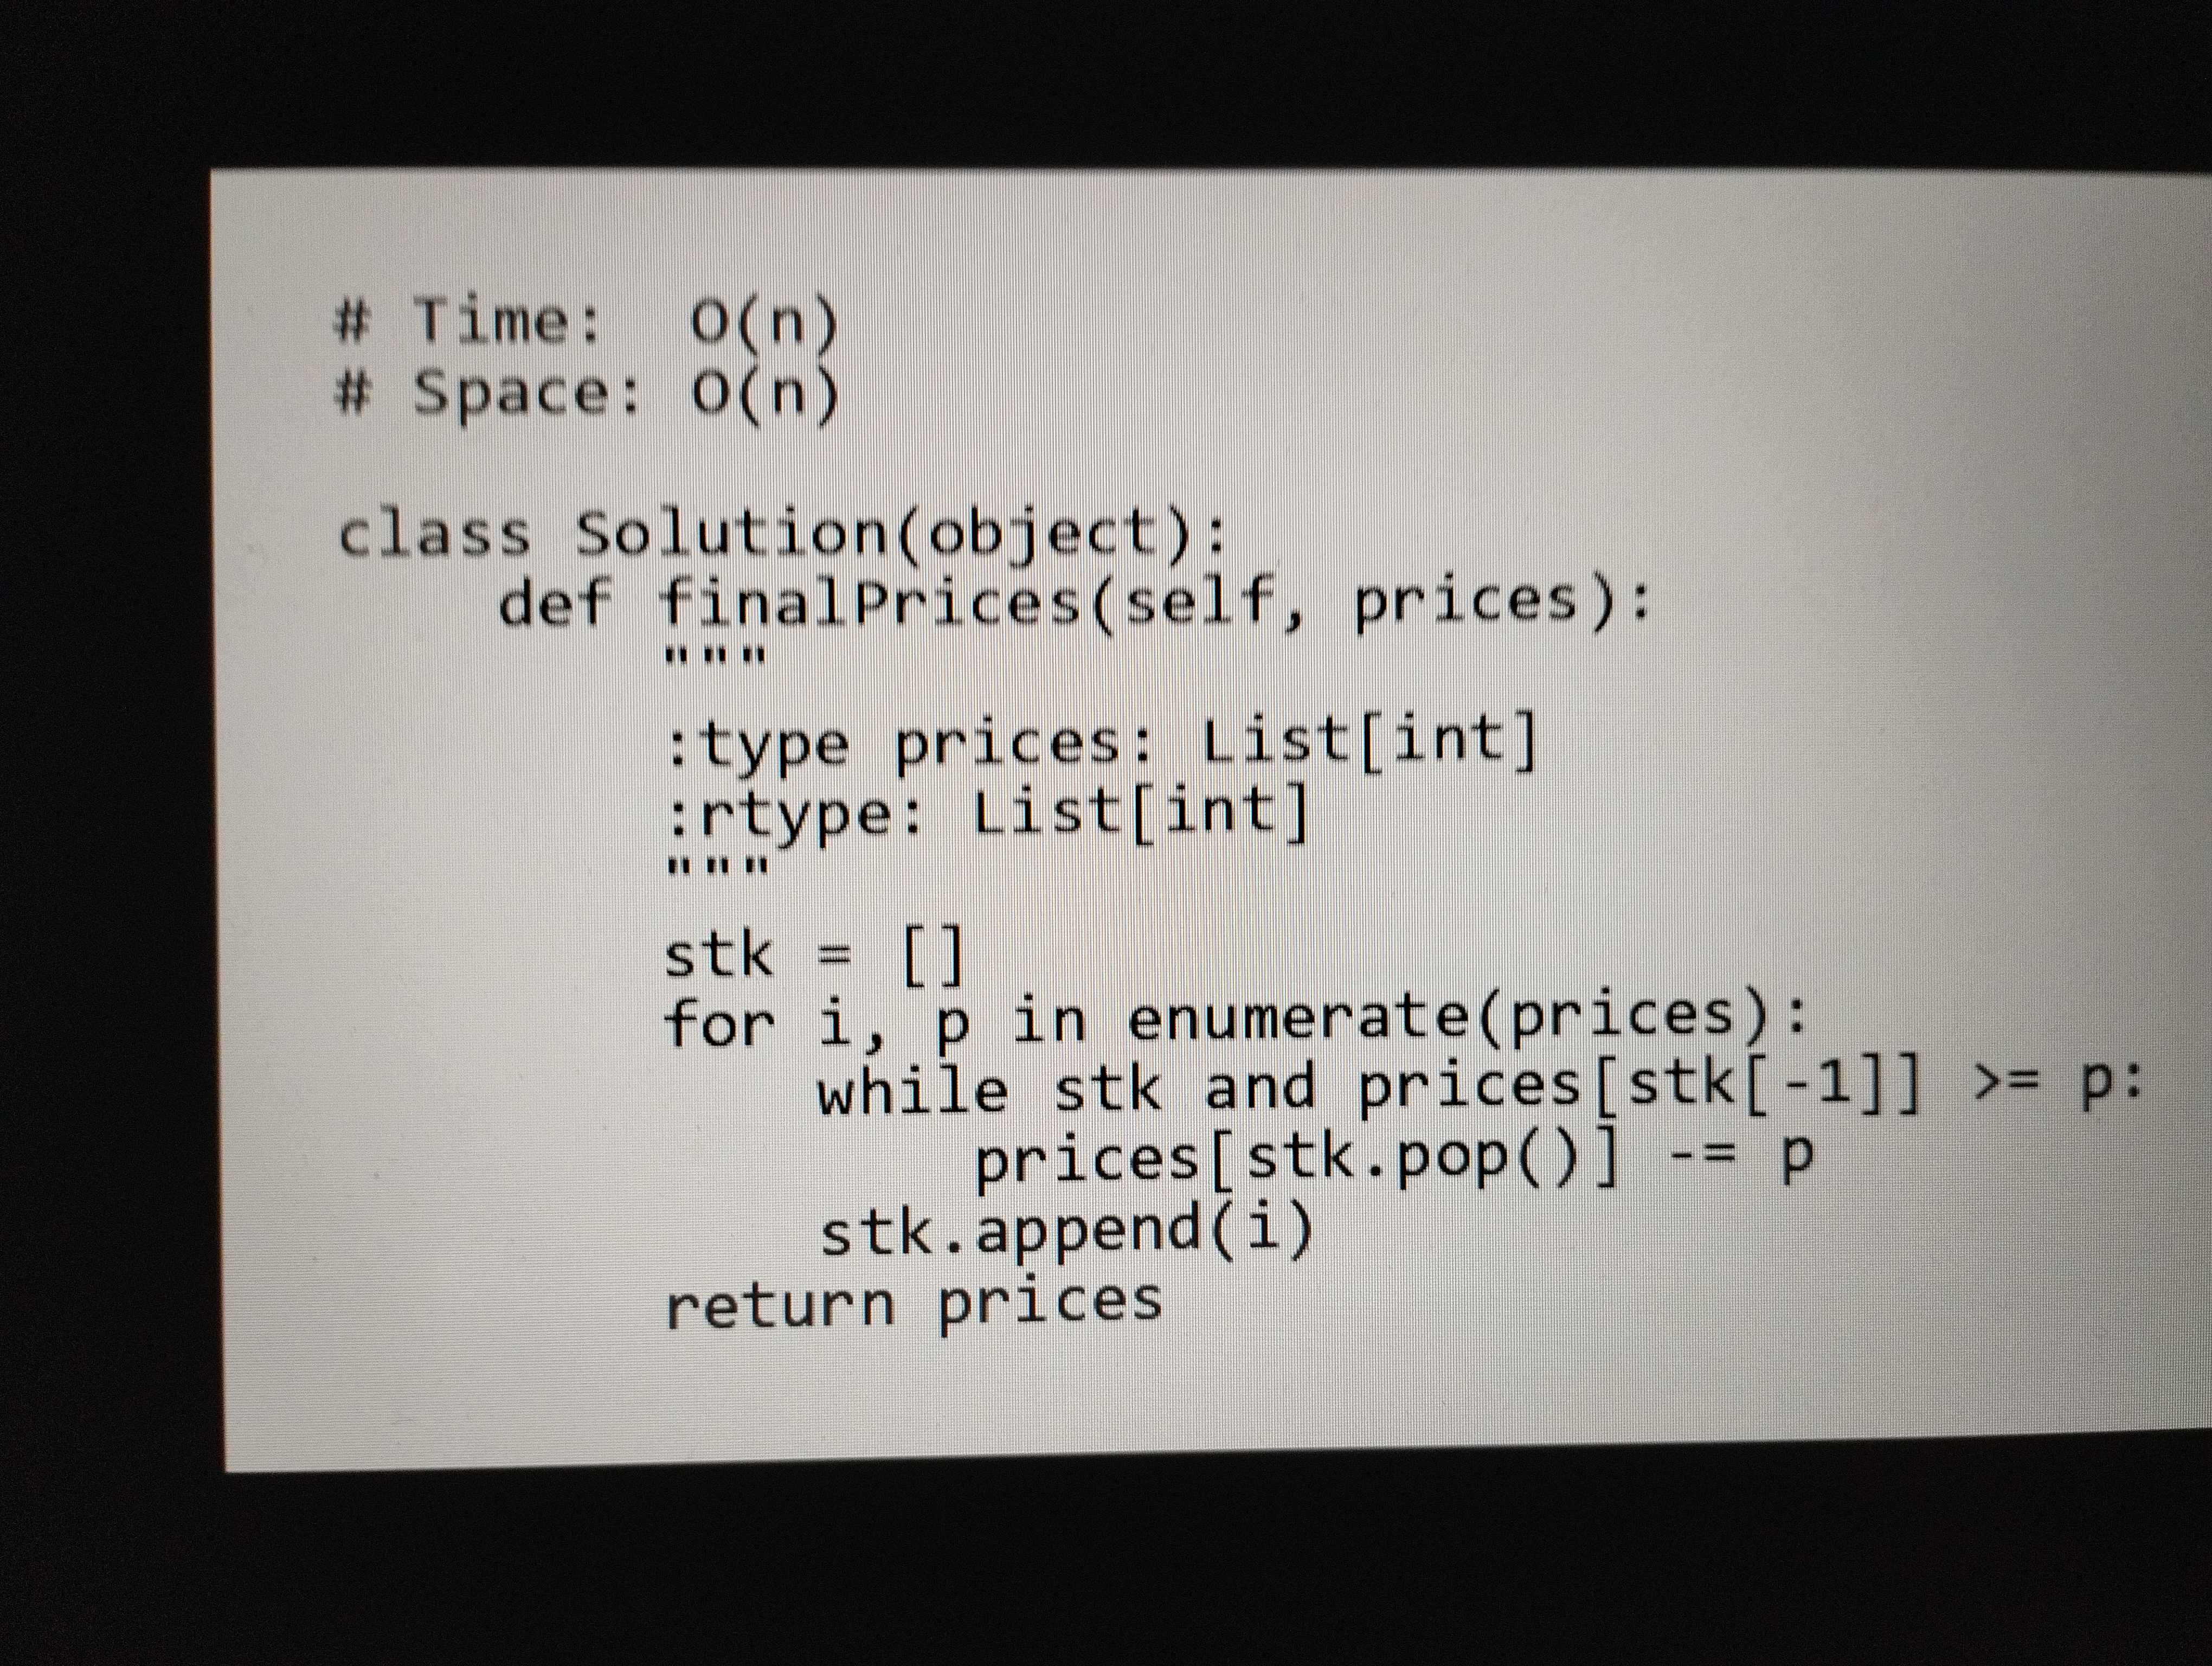
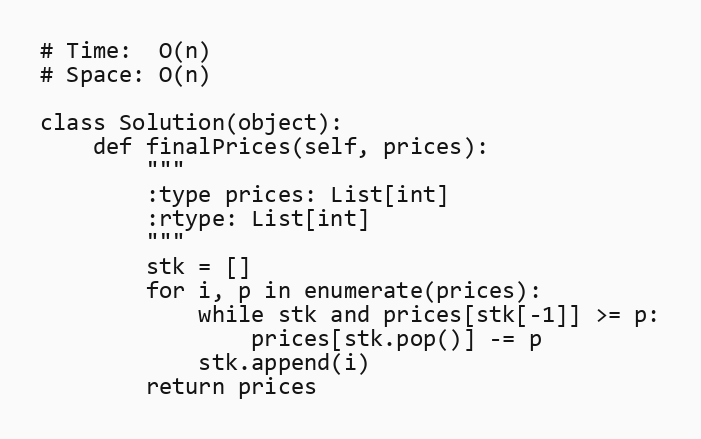
# Time:  O(n)
# Space: O(n)

class Solution(object):
    def finalPrices(self, prices):
        """
        :type prices: List[int]
        :rtype: List[int]
        """
        stk = []
        for i, p in enumerate(prices):
            while stk and prices[stk[-1]] >= p:
                prices[stk.pop()] -= p
            stk.append(i)
        return prices